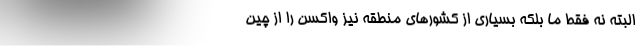
البته نه فقط ما بلکه بسیاری از کشورهای منطقه نیز واکسن را از چین